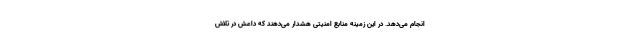
انجام می‌دهد. در این زمینه منابع امنیتی هشدار می‌دهند که داعش در تلاش